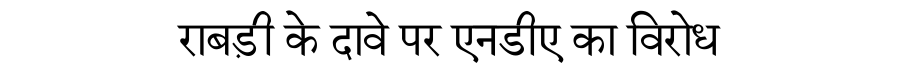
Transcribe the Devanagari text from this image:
राबड़ी के दावे पर एनडीए का विरोध